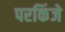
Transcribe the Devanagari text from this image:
परकिंजे